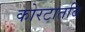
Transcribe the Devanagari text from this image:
कोरटातबि